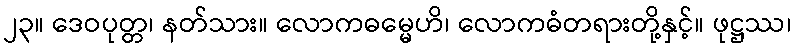
၂၃။ ဒေဝပုတ္တ၊ နတ်သား။ လောကဓမ္မေဟိ၊ လောကဓံတရားတို့နှင့်။ ဖုဋ္ဌဿ၊